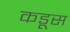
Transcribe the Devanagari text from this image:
कडूस